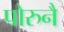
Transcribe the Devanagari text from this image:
पोरुनै